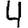
Digit: 4